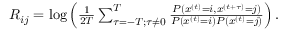
\begin{array} { r } { R _ { i j } = \log \left( \frac { 1 } { 2 T } \sum _ { \tau = - T ; \tau \neq 0 } ^ { T } \frac { P ( x ^ { ( t ) } = i , x ^ { ( t + \tau ) } = j ) } { P ( x ^ { ( t ) } = i ) P ( x ^ { ( t ) } = j ) } \right) . } \end{array}